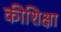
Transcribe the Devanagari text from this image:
कीशिक्षा